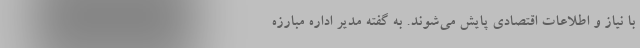
با نیاز و اطلاعات اقتصادی پایش می‌شوند. به گفته مدیر اداره مبارزه